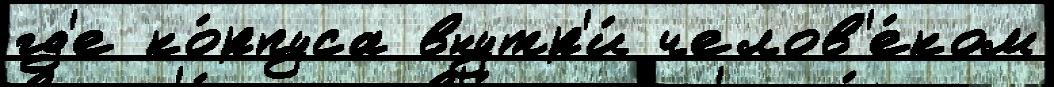
гд'е ко́рпуса внутр'и́ челов'е́ком